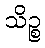
သိဉ္စ